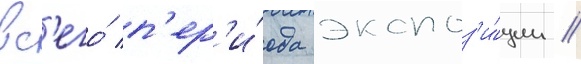
вс'его́ п'ер'и́ода экспоз'и́ции //